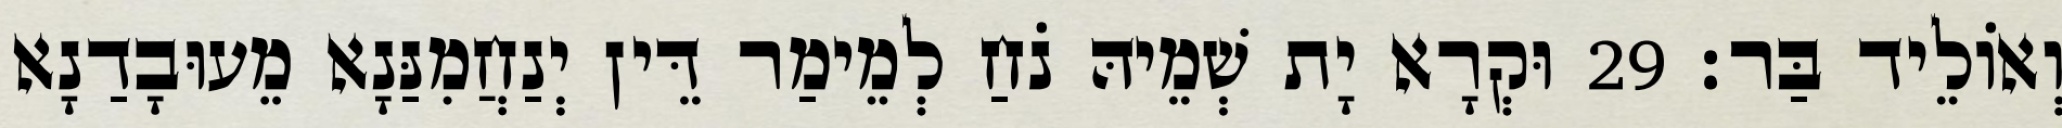
וְאוֹלֵיד בַּר׃ 29 וּקְרָא יָת שְׁמֵיהּ נֹחַ לְמֵימַר דֵּין יְנַחֲמִנַּנָא מֵעוּבָדַנָא